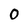
Character: O